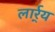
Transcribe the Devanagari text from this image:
लार्र्य